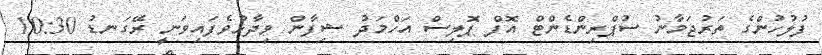
ފުލުހުންގެ ތަރުޖަމާނު ސުޕްރިންޑެންޓް އޮފް ޕޮލިސް އަހްމަދު ޝިފާން ވިދާޅުވެފައިވަނީ ރޭގަނޑު 10:30